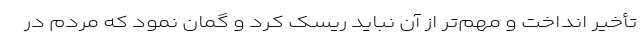
تأخیر انداخت و مهم‌تر از آن نباید ریسک کرد و گمان نمود که مردم در